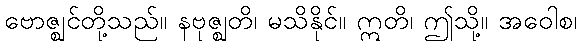
ဗောဇ္ဈင်တို့သည်။ နဗုဇ္ဈတိ၊ မသိနိုင်။ ဣတိ၊ ဤသို့။ အဝေါစ၊